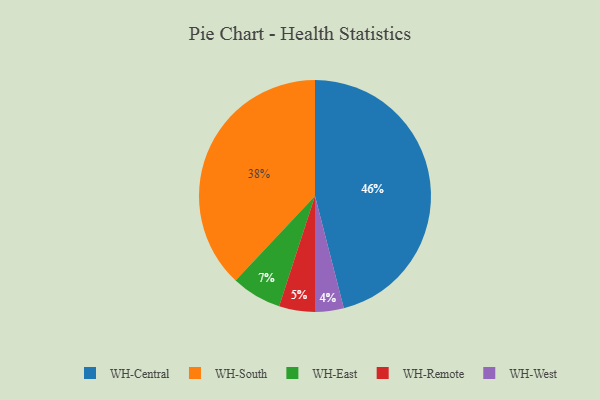
{"axis": {"x": "Category", "y": "Percentage"}, "legend": ["WH-Central", "WH-East", "WH-Remote", "WH-South", "WH-West"], "data": [{"x": "WH-Central", "y": 46, "type": "WH-Central"}, {"x": "WH-Remote", "y": 5, "type": "WH-Remote"}, {"x": "WH-West", "y": 4, "type": "WH-West"}, {"x": "WH-East", "y": 7, "type": "WH-East"}, {"x": "WH-South", "y": 38, "type": "WH-South"}]}